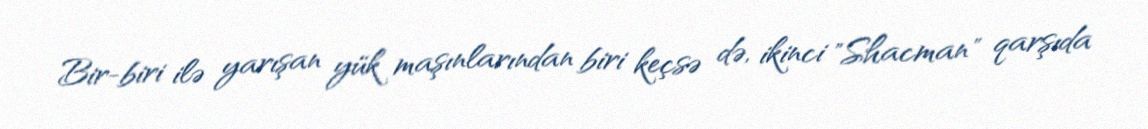
Bir-biri ilə yarışan yük maşınlarından biri keçsə də, ikinci "Shacman" qarşıda